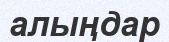
алыңдар